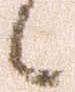
候